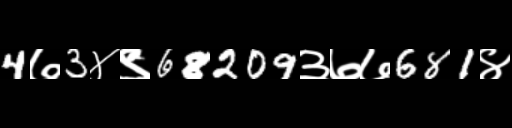
Text: 4७3४९68209३७७681४